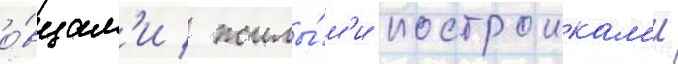
о́вцам'и / жилы́м'и построикам'и